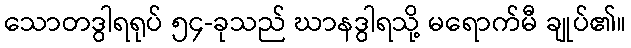
သောတဒွါရရုပ် ၅၄-ခုသည် ဃာနဒွါရသို့ မရောက်မီ ချုပ်၏။